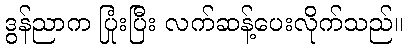
ဒွန်ညာက ပြုံးပြီး လက်ဆန့်ပေးလိုက်သည်။